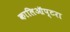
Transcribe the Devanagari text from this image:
कालिऑप्टरा